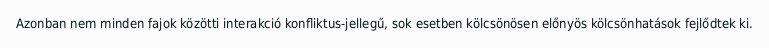
Azonban nem minden fajok közötti interakció konfliktus-jellegű, sok esetben kölcsönösen előnyös kölcsönhatások fejlődtek ki.